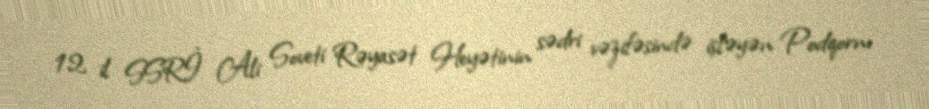
12 il SSRİ Ali Soveti Rəyasət Heyətinin sədri vəzifəsində işləyən Podqornı